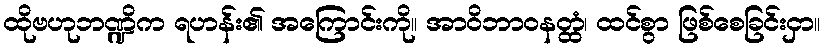
ထိုဗဟုဘဏ္ဍိက ရဟန်း၏ အကြောင်းကို။ အာဝိဘာဝနတ္ထံ၊ ထင်စွာ ဖြစ်စေခြင်းငှာ။